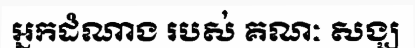
អ្នកដំណាង របស់ គណៈ សង្ឃ